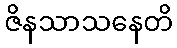
ဇိနသာသနေတိ